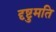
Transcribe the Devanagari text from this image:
दृष्टुमति